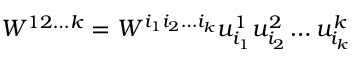
W ^ { 1 2 \ldots k } = W ^ { i _ { 1 } i _ { 2 } \ldots i _ { k } } u _ { i _ { 1 } } ^ { 1 } u _ { i _ { 2 } } ^ { 2 } \ldots u _ { i _ { k } } ^ { k }